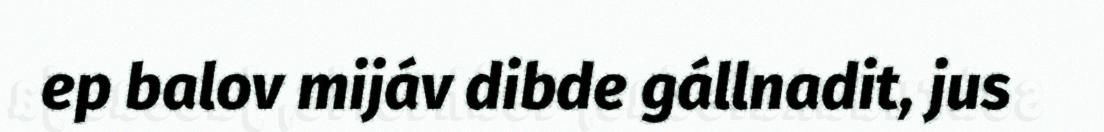
ep balov mijáv dibde gállnadit, jus